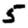
Digit: 5